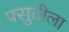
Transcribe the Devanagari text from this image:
प्रसुतीला